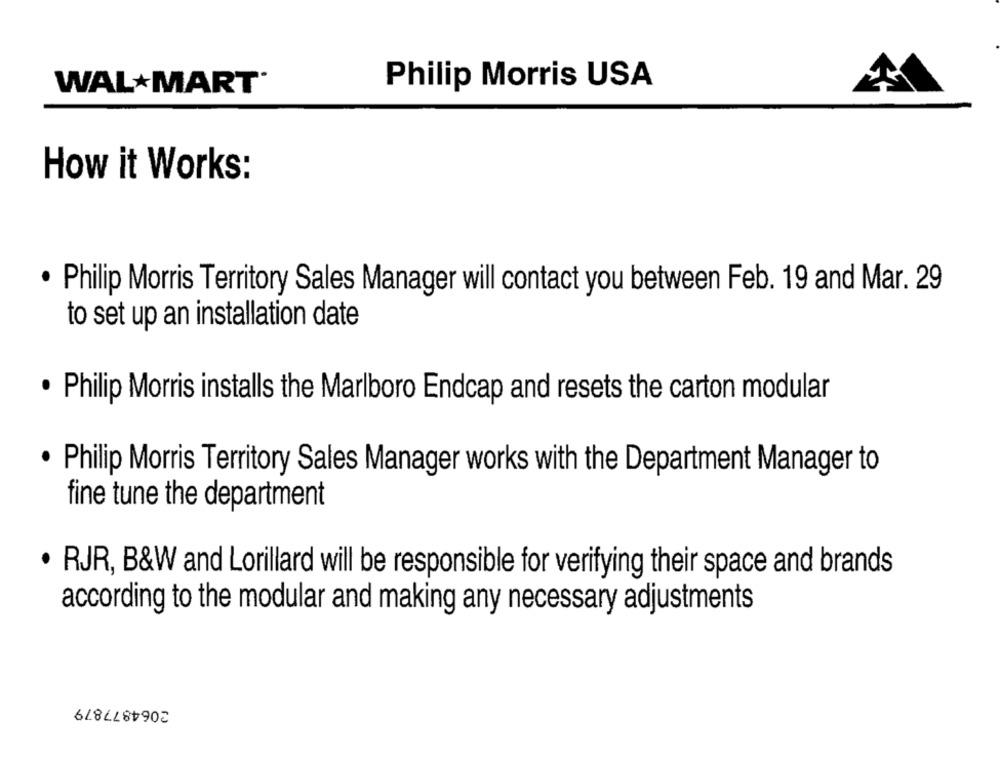
WAL MART®
Philip Morris USA
How it Works:
· Philip Morris Territory Sales Manager will contact you between Feb. 19 and Mar. 29
to set up an installation date
. Philip Morris installs the Marlboro Endcap and resets the carton modular
. Philip Morris Territory Sales Manager works with the Department Manager to
fine tune the department
· RJR, B&W and Lorillard will be responsible for verifying their space and brands
according to the modular and making any necessary adjustments
2064877879